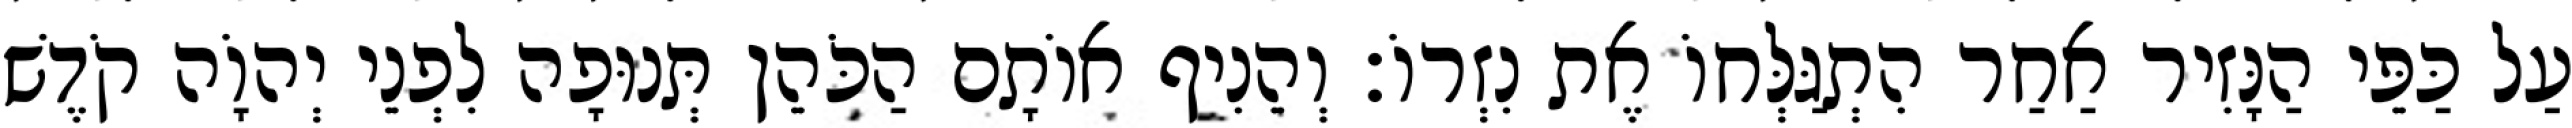
עַל כַּפֵּי הַנָּזִיר אַחַר הִתְגַּלְּחוֹ אֶת נִזְרוֹ׃ וְהֵנִיף אוֹתָם הַכֹּהֵן תְּנוּפָה לִפְנֵי יְהוָֹה קֹדֶשׁ